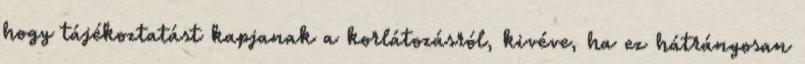
hogy tájékoztatást kapjanak a korlátozásról, kivéve, ha ez hátrányosan